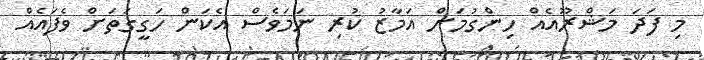
މި ފަދަ މަޝްރޫއެއް ހިންގުމަށް އަމާޒު ކުރި ނަމަވެސް އެކަން ހަގީގަތަށް ވެފައެއް